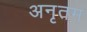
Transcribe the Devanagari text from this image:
अनृतम